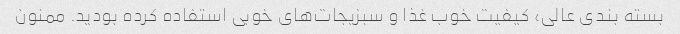
بسته بندی عالی، کیفیت خوب غذا و سبزیجات‌های خوبی استفاده کرده بودید. ممنون